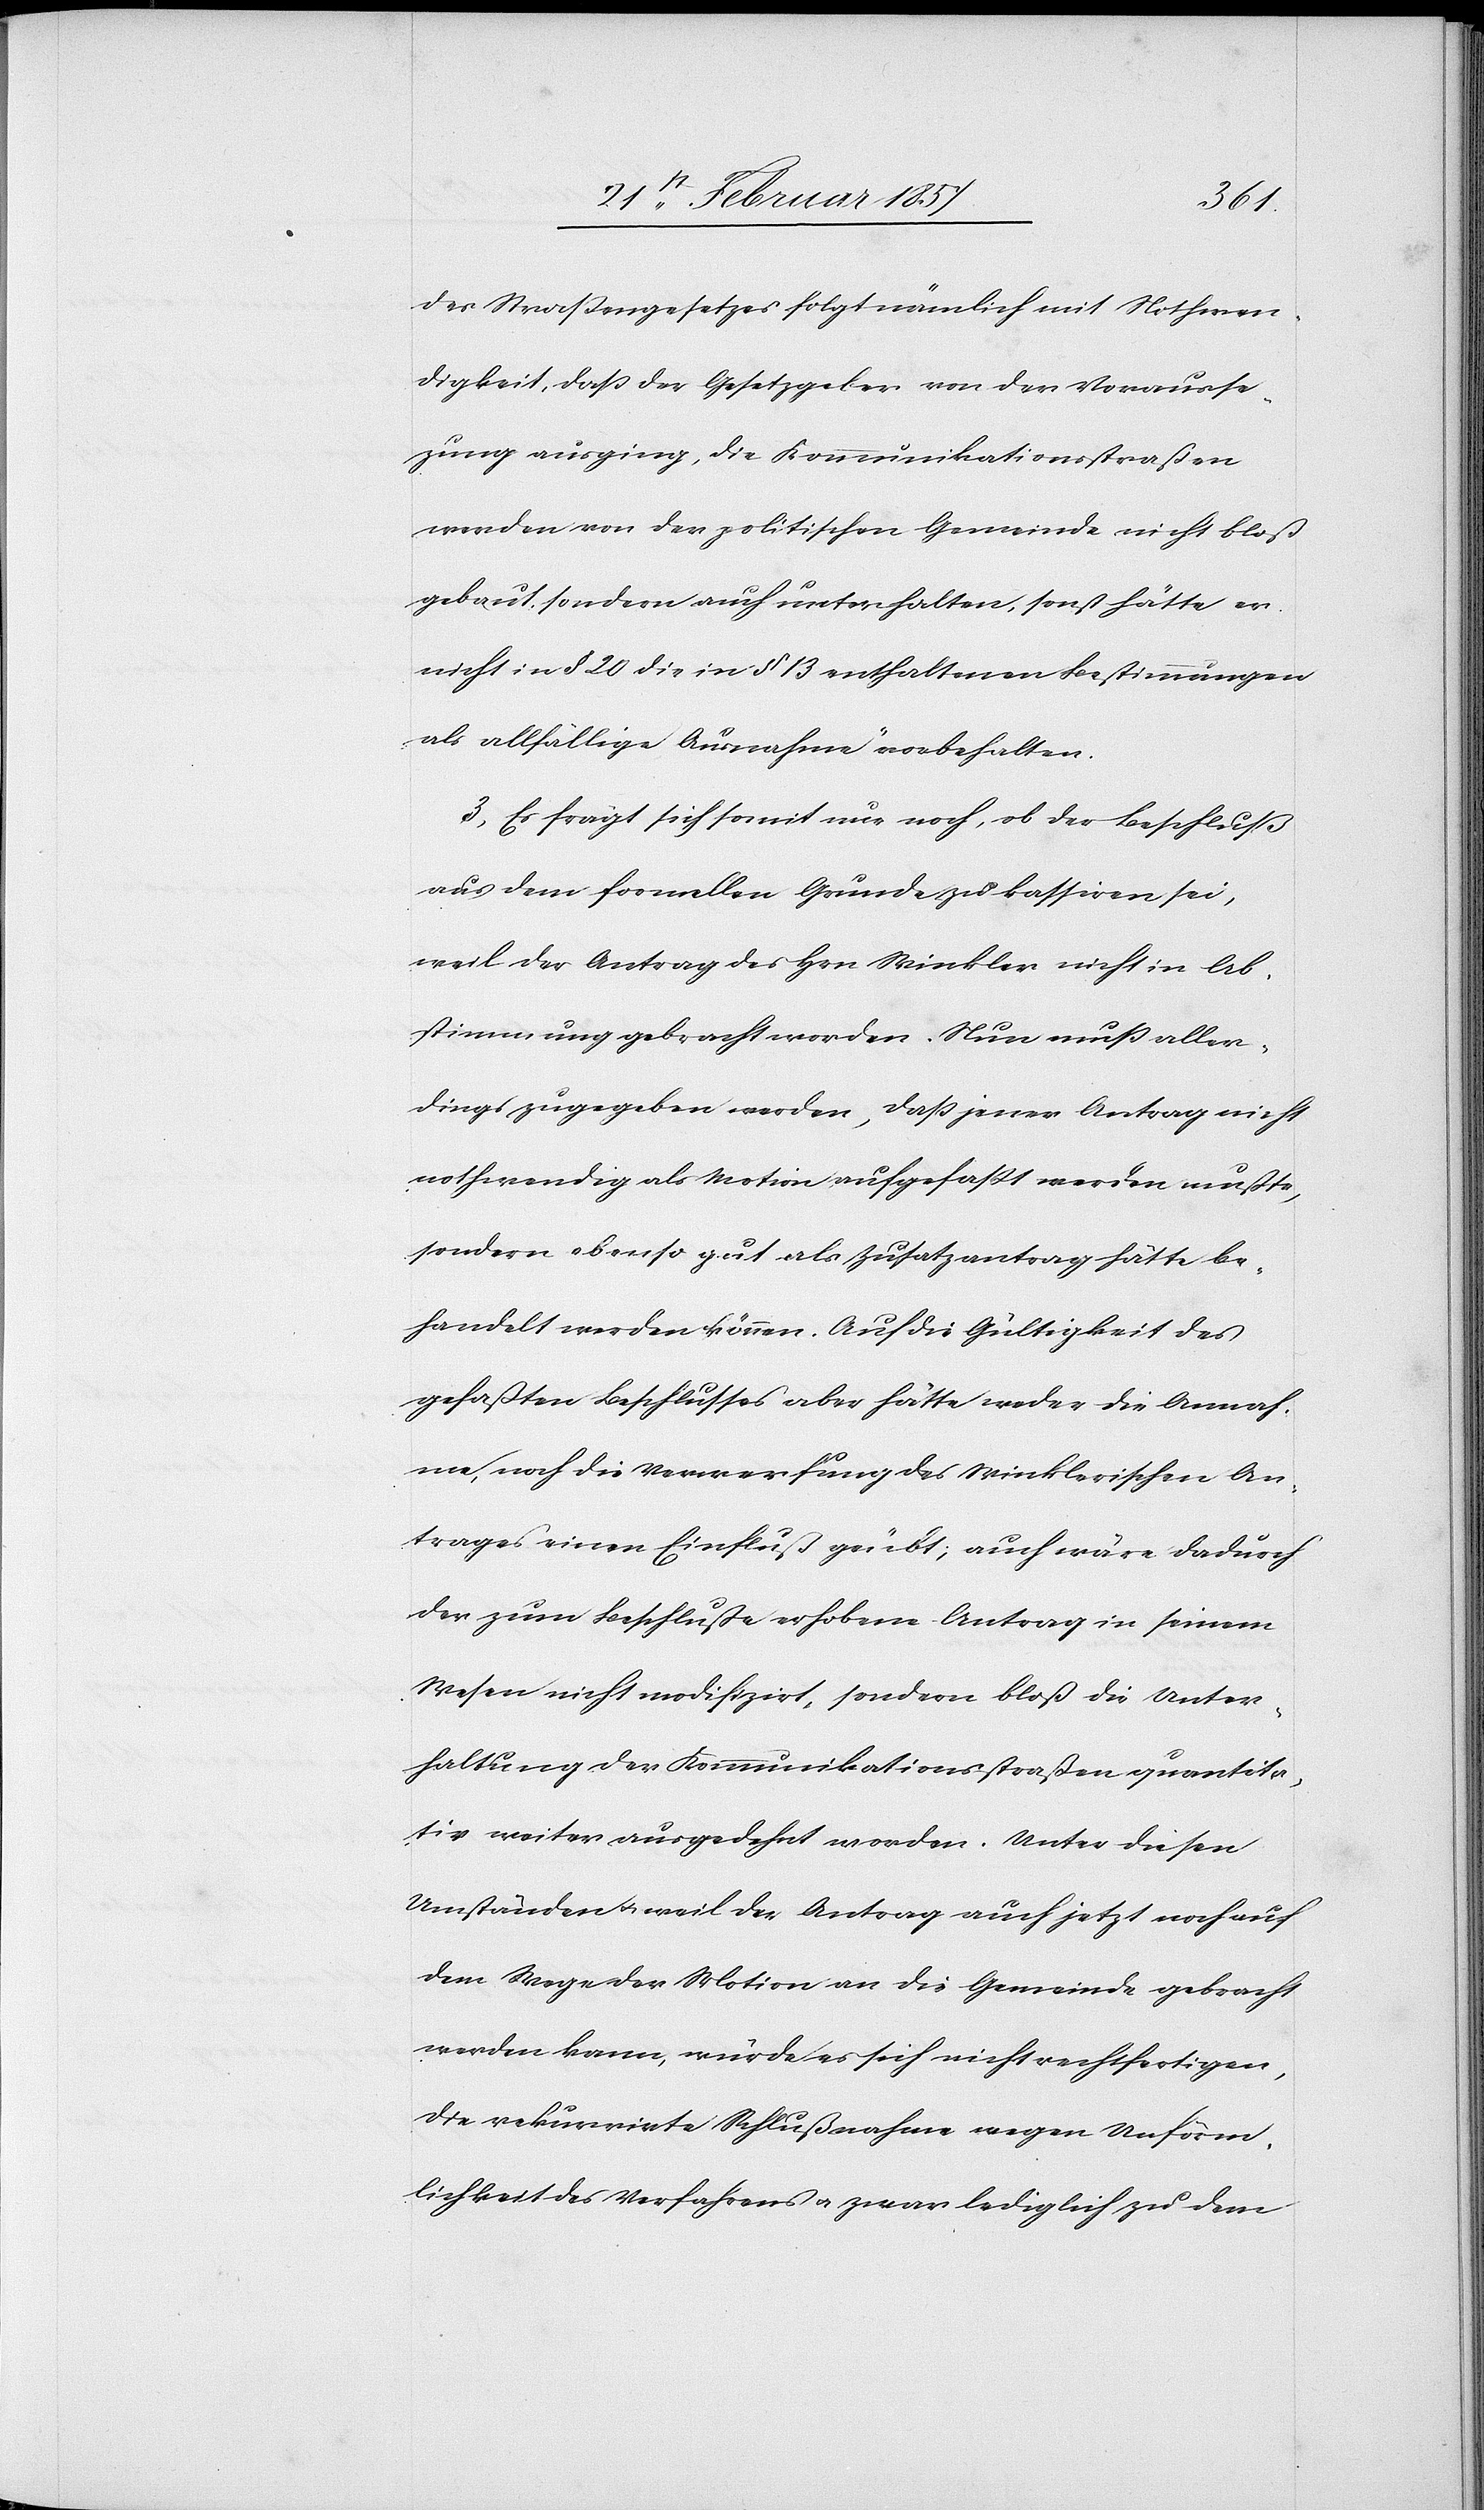
des Straßengesetzes folgt nämlich mit Nothwen¬
digkeit, daß der Gesetzgeber von der Vorausse¬
zung ausging, die Kommunikationsstraßen
werden von der politischen Gemeinde nicht bloß
gebaut, sondern auch unterhalten, sonst hätte er
nicht in § 20 die in § 13 enthaltenen Bestimmungen
als allfällige Ausnahme vorbehalten.
3. Es frägt sich somit nur noch, ob der Beschluß
aus dem formellen Grunde zu kassiren sei,
weil der Antrag des Hrn Winkler nicht in Ab¬
stimmung gebracht worden. Nun muß aller¬
dings zugegeben werden, daß jener Antrag nicht
nothwendig als Motion aufgefaßt werden mußte,
sondern ebenso gut als Zusatzantrag hätte be¬
handelt werden können. Auf die Gültigkeit des
gefaßten Beschlusses aber hätte weder die Annah¬
me, noch die Verwerfung des Winklerischen An¬
trages einen Einfluß geübt; auch wäre dadurch
der zum Beschluße erhobene Antrag in seinem
Wesen nicht modifizirt, sondern bloß die Unter¬
haltung der Kommunikationsstraßen quantita¬
tiv weiter ausgedehnt worden. Unter diesen
Umständen u. weil der Antrag auch jetzt noch auf
dem Wege der Motion an die Gemeinde gebracht
werden kann, würde es sich nicht rechtfertigen,
die rekurrirte Schlußnahme wegen Unförm¬
lichkeit des Verfahrens u. zwar lediglich zu dem